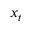
x _ { t }